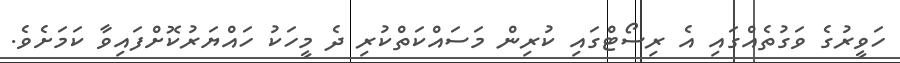
ހަވީރުގެ ވަގުތެއްގައި އެ ރިސޯޓްގައި ކުރިން މަސައްކަތްކުރި ދެ މީހަކު ހައްޔަރުކޮށްފައިވާ ކަމަށެވެ.